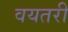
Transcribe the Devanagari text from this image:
वयतरी